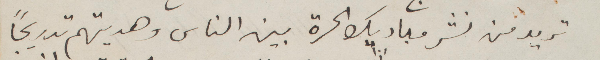
تريد من نشر مباديك الحرة بين الناس وهديتهم تدريجًا